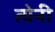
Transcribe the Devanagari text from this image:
त्येनी